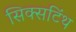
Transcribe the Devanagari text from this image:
सिक्सटिंथ